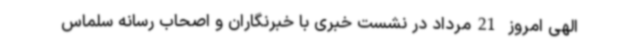
الهی امروز 21مرداد در نشست خبری با خبرنگاران و اصحاب رسانه سلماس